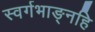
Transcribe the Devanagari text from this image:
स्वर्गभाङ्नहि